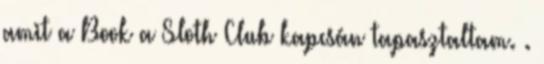
amit a Book a Sloth Club kapcsán tapasztaltam. .